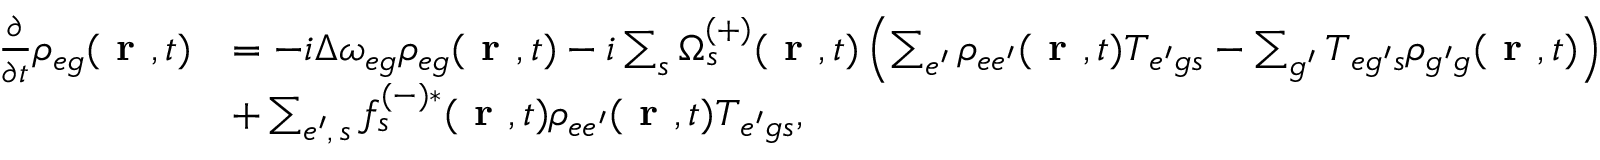
\begin{array} { r l } { \frac { \partial } { \partial t } \rho _ { { e g } } ( \textbf { r } , t ) } & { = - i \Delta \omega _ { { e g } } \rho _ { { e g } } ( \textbf { r } , t ) - i \sum _ { s } \Omega _ { s } ^ { ( + ) } ( \textbf { r } , t ) \left( \sum _ { e ^ { \prime } } \rho _ { { e e ^ { \prime } } } ( \textbf { r } , t ) T _ { { e ^ { \prime } g } s } - \sum _ { g ^ { \prime } } T _ { { e g ^ { \prime } } s } \rho _ { { g ^ { \prime } g } } ( \textbf { r } , t ) \right) } \\ & { + \sum _ { e ^ { \prime } , \, s } f _ { s } ^ { ( - ) * } ( \textbf { r } , t ) \rho _ { { e e ^ { \prime } } } ( \textbf { r } , t ) T _ { { e ^ { \prime } g } s } , } \end{array}